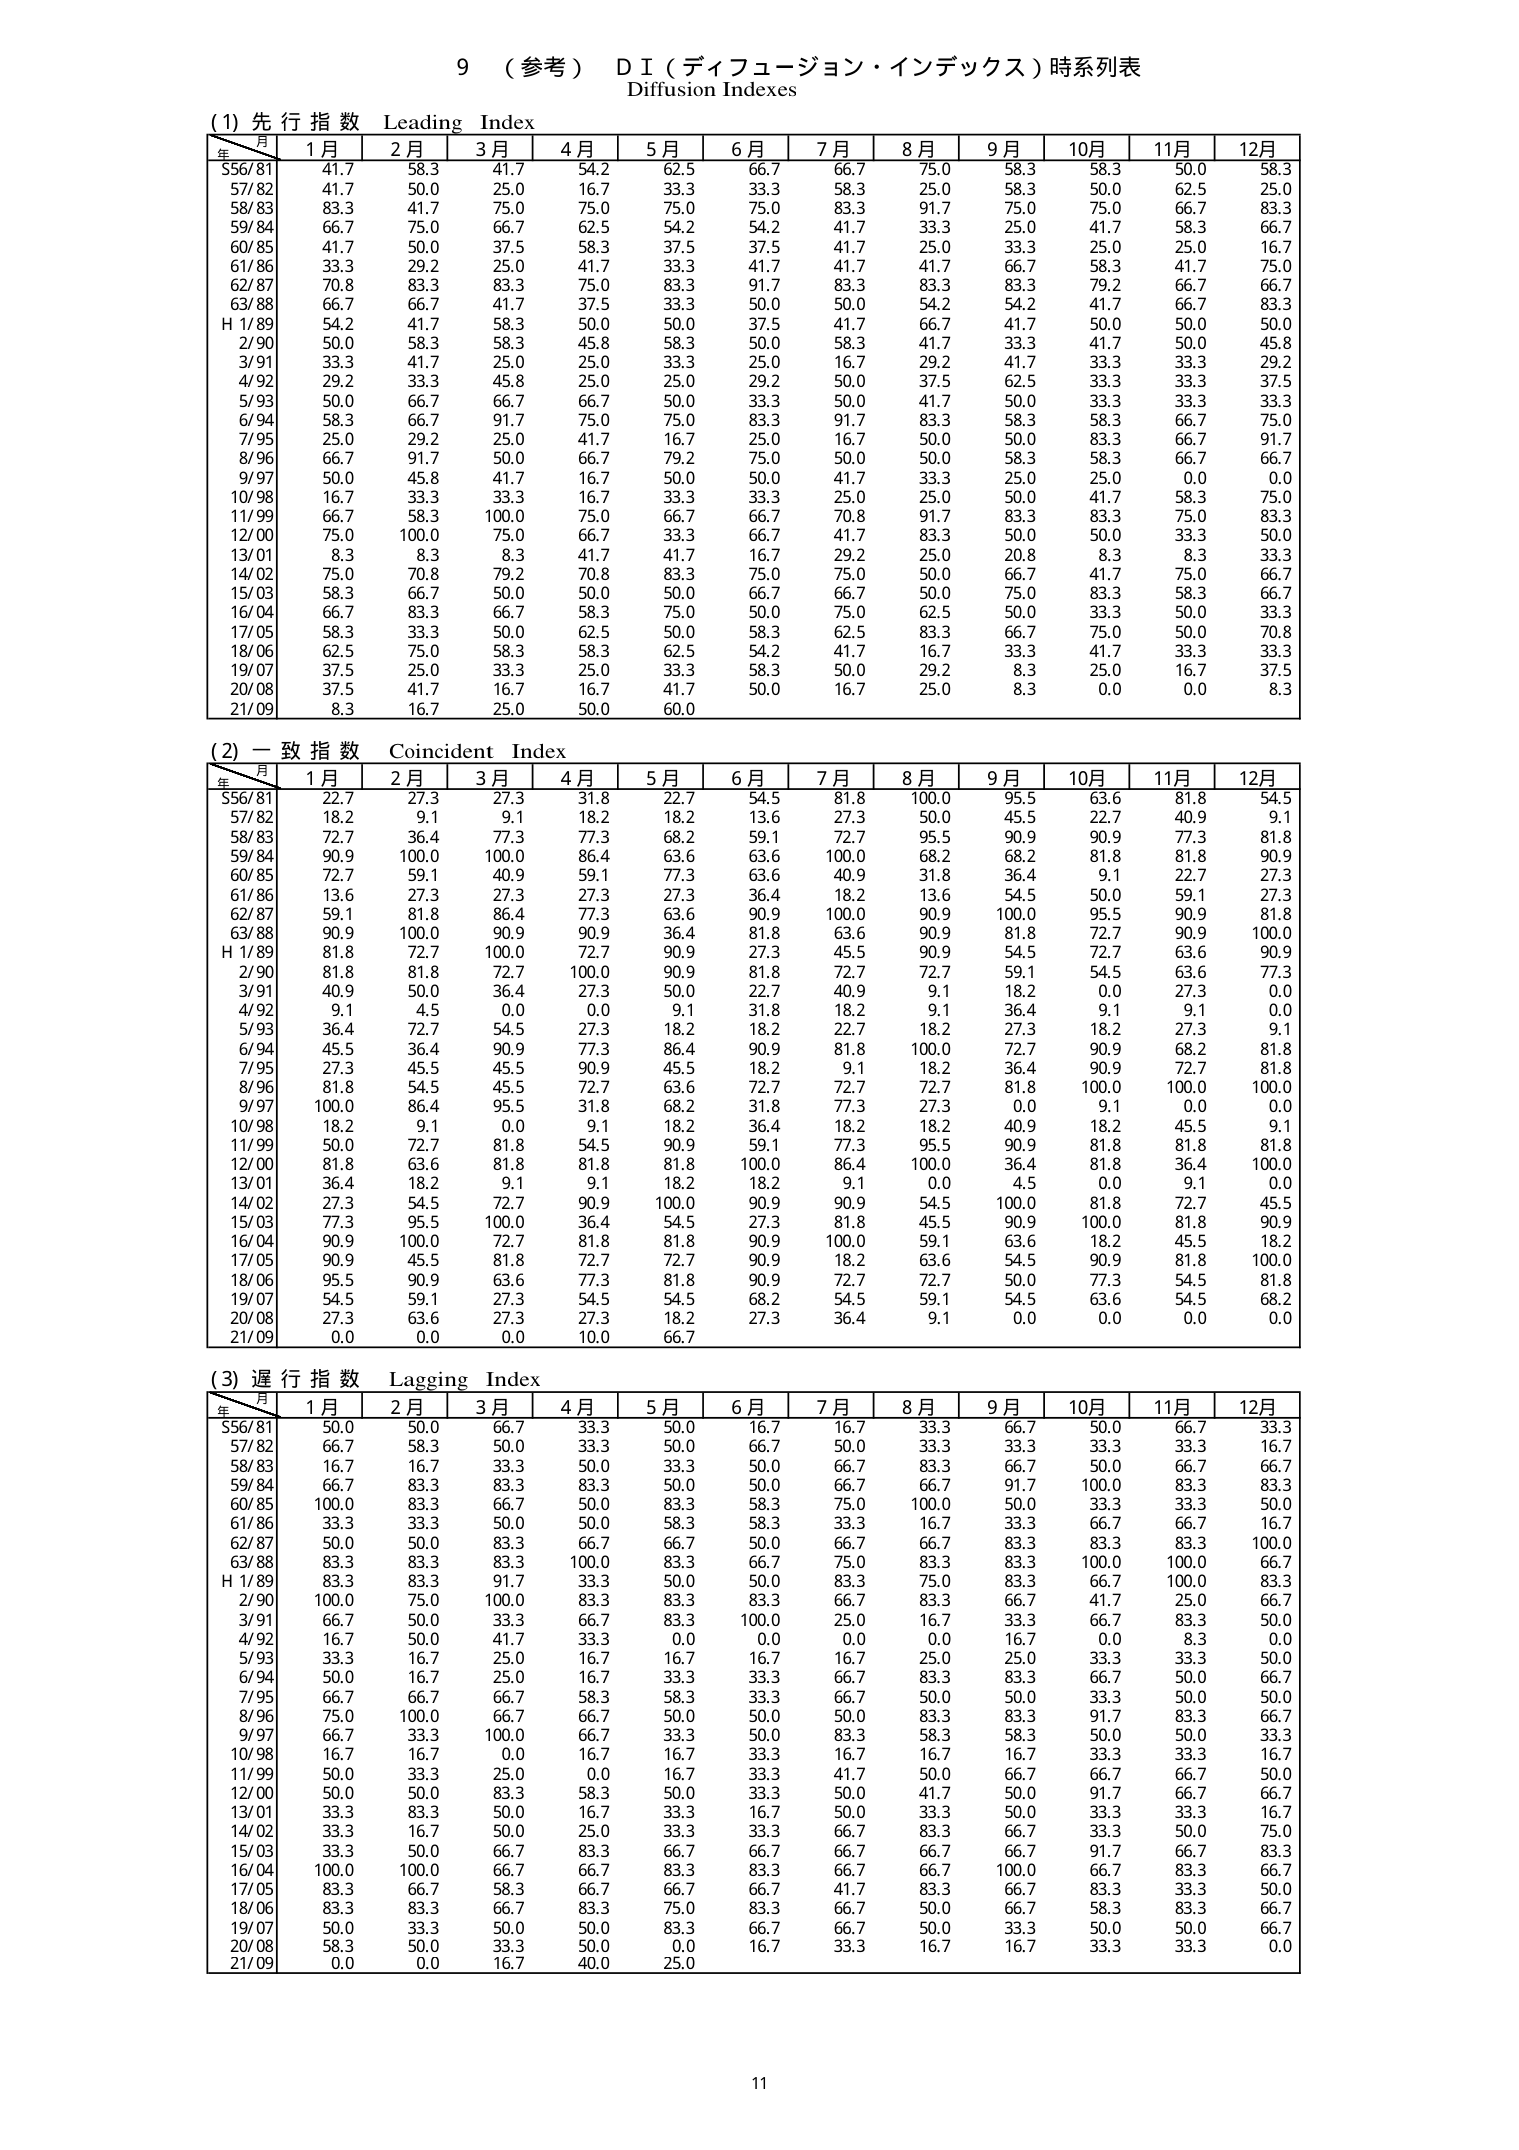
9 （参考）ＤＩ（ディフュージョン・インデックス）時系列表
Diffusion Indexes

(1) 先行指数 Leading Index
年／月 1月 2月 3月 4月 5月 6月 7月 8月 9月 10月 11月 12月
56/81 41.7 58.3 41.7 54.2 62.5 66.7 66.7 75.0 58.3 58.3 50.0 58.3
57/82 41.7 50.0 25.0 16.7 33.3 33.3 58.3 25.0 58.3 50.0 62.5 25.0
58/83 83.3 41.7 75.0 75.0 75.0 75.0 83.3 91.7 75.0 75.0 66.7 83.3
59/84 66.7 75.0 66.7 62.5 54.2 54.2 41.7 33.3 25.0 41.7 58.3 66.7
60/85 41.7 50.0 37.5 58.3 37.5 37.5 41.7 25.0 33.3 25.0 25.0 16.7
61/86 33.3 29.2 25.0 41.7 33.3 41.7 41.7 41.7 66.7 58.3 41.7 75.0
62/87 70.8 83.3 83.3 75.0 83.3 91.7 83.3 83.3 83.3 79.2 66.7 66.7
63/88 66.7 66.7 41.7 37.5 33.3 50.0 50.0 54.2 54.2 41.7 66.7 83.3
H 1/89 54.2 41.7 58.3 50.0 50.0 37.5 41.7 66.7 41.7 50.0 50.0 50.0
2/90 50.0 58.3 58.3 45.8 58.3 50.0 58.3 41.7 33.3 41.7 50.0 45.8
3/91 33.3 41.7 25.0 25.0 33.3 25.0 16.7 29.2 41.7 33.3 33.3 29.2
4/92 29.2 33.3 45.8 25.0 25.0 29.2 50.0 37.5 62.5 33.3 33.3 37.5
5/93 50.0 66.7 66.7 66.7 50.0 33.3 50.0 41.7 50.0 33.3 33.3 33.3
6/94 58.3 66.7 91.7 75.0 75.0 83.3 91.7 83.3 58.3 58.3 66.7 75.0
7/95 25.0 29.2 25.0 41.7 16.7 25.0 16.7 50.0 50.0 83.3 66.7 91.7
8/96 66.7 91.7 50.0 66.7 79.2 75.0 50.0 50.0 58.3 58.3 66.7 66.7
9/97 50.0 45.8 41.7 16.7 50.0 50.0 41.7 33.3 25.0 25.0 0.0 0.0
10/98 16.7 33.3 33.3 16.7 33.3 33.3 25.0 25.0 50.0 41.7 58.3 75.0
11/99 66.7 58.3 100.0 75.0 66.7 66.7 70.8 91.7 83.3 83.3 75.0 83.3
12/00 75.0 100.0 75.0 66.7 33.3 66.7 41.7 83.3 50.0 50.0 33.3 50.0
13/01 8.3 8.3 8.3 41.7 41.7 16.7 29.2 25.0 20.8 8.3 8.3 33.3
14/02 75.0 70.8 79.2 70.8 83.3 75.0 75.0 50.0 66.7 41.7 75.0 66.7
15/03 58.3 66.7 50.0 50.0 50.0 66.7 66.7 50.0 75.0 83.3 58.3 66.7
16/04 66.7 83.3 66.7 58.3 75.0 50.0 75.0 62.5 50.0 33.3 50.0 33.3
17/05 58.3 33.3 50.0 62.5 50.0 58.3 62.5 83.3 66.7 75.0 50.0 70.8
18/06 62.5 75.0 58.3 58.3 62.5 54.2 41.7 16.7 33.3 41.7 33.3 33.3
19/07 37.5 25.0 33.3 25.0 33.3 58.3 50.0 29.2 8.3 25.0 16.7 37.5
20/08 37.5 41.7 16.7 16.7 41.7 50.0 16.7 25.0 8.3 0.0 0.0 8.3
21/09 8.3 16.7 25.0 50.0 60.0

(2) 一致指数 Coincident Index
年／月 1月 2月 3月 4月 5月 6月 7月 8月 9月 10月 11月 12月
56/81 22.7 27.3 27.3 31.8 22.7 54.5 81.8 100.0 95.5 63.6 81.8 54.5
57/82 18.2 9.1 9.1 18.2 18.2 13.6 27.3 50.0 45.5 22.7 40.9 9.1
58/83 72.7 36.4 77.3 77.3 68.2 59.1 72.7 95.5 90.9 90.9 77.3 81.8
59/84 90.9 100.0 100.0 86.4 63.6 63.6 100.0 68.2 68.2 81.8 81.8 90.9
60/85 72.7 59.1 40.9 59.1 77.3 63.6 40.9 31.8 36.4 9.1 22.7 27.3
61/86 13.6 27.3 27.3 27.3 27.3 36.4 18.2 13.6 54.5 50.0 59.1 27.3
62/87 59.1 81.8 86.4 77.3 63.6 90.9 100.0 90.9 100.0 95.5 90.9 81.8
63/88 90.9 100.0 90.9 90.9 36.4 81.8 63.6 90.9 81.8 72.7 90.9 100.0
H 1/89 81.8 72.7 100.0 72.7 90.9 27.3 45.5 90.9 54.5 72.7 63.6 90.9
2/90 81.8 81.8 72.7 100.0 90.9 81.8 72.7 72.7 59.1 54.5 63.6 77.3
3/91 40.9 50.0 36.4 27.3 50.0 22.7 40.9 9.1 18.2 0.0 27.3 0.0
4/92 9.1 4.5 0.0 0.0 9.1 31.8 18.2 9.1 36.4 9.1 9.1 0.0
5/93 36.4 72.7 54.5 27.3 18.2 18.2 22.7 18.2 27.3 18.2 27.3 9.1
6/94 45.5 36.4 90.9 77.3 86.4 90.9 81.8 100.0 72.7 90.9 68.2 81.8
7/95 27.3 45.5 45.5 90.9 45.5 18.2 9.1 18.2 36.4 90.9 72.7 81.8
8/96 81.8 54.5 45.5 72.7 63.6 72.7 72.7 72.7 81.8 100.0 100.0 100.0
9/97 100.0 86.4 95.5 31.8 68.2 31.8 77.3 27.3 0.0 9.1 0.0 0.0
10/98 18.2 9.1 0.0 9.1 18.2 36.4 18.2 18.2 40.9 18.2 45.5 9.1
11/99 50.0 72.7 81.8 54.5 90.9 59.1 77.3 95.5 90.9 81.8 81.8 81.8
12/00 81.8 63.6 81.8 81.8 81.8 100.0 86.4 100.0 36.4 81.8 36.4 100.0
13/01 36.4 18.2 9.1 9.1 18.2 18.2 9.1 0.0 4.5 0.0 9.1 0.0
14/02 27.3 54.5 72.7 90.9 100.0 90.9 90.9 54.5 100.0 81.8 72.7 45.5
15/03 77.3 95.5 100.0 36.4 54.5 27.3 81.8 45.5 90.9 100.0 81.8 90.9
16/04 90.9 100.0 72.7 81.8 81.8 90.9 100.0 59.1 63.6 18.2 45.5 18.2
17/05 90.9 45.5 81.8 72.7 72.7 90.9 18.2 63.6 54.5 90.9 81.8 100.0
18/06 95.5 90.9 63.6 77.3 81.8 90.9 72.7 72.7 50.0 77.3 54.5 81.8
19/07 54.5 59.1 27.3 54.5 54.5 68.2 54.5 59.1 54.5 63.6 54.5 68.2
20/08 27.3 63.6 27.3 27.3 18.2 27.3 36.4 9.1 0.0 0.0 0.0 0.0
21/09 0.0 0.0 0.0 10.0 66.7

(3) 遅行指数 Lagging Index
年／月 1月 2月 3月 4月 5月 6月 7月 8月 9月 10月 11月 12月
56/81 50.0 50.0 66.7 33.3 50.0 16.7 16.7 33.3 66.7 50.0 66.7 33.3
57/82 66.7 58.3 50.0 33.3 50.0 66.7 50.0 33.3 33.3 33.3 33.3 16.7
58/83 16.7 16.7 33.3 50.0 33.3 50.0 66.7 83.3 66.7 50.0 66.7 66.7
59/84 66.7 83.3 83.3 83.3 50.0 50.0 66.7 66.7 91.7 100.0 83.3 83.3
60/85 100.0 83.3 66.7 50.0 83.3 58.3 75.0 100.0 50.0 33.3 33.3 50.0
61/86 33.3 33.3 50.0 50.0 58.3 58.3 33.3 16.7 33.3 66.7 66.7 16.7
62/87 50.0 50.0 83.3 66.7 66.7 50.0 66.7 66.7 83.3 83.3 83.3 100.0
63/88 83.3 83.3 83.3 100.0 83.3 66.7 75.0 83.3 83.3 100.0 100.0 66.7
H 1/89 83.3 83.3 91.7 33.3 50.0 50.0 83.3 75.0 83.3 66.7 100.0 83.3
2/90 100.0 75.0 100.0 83.3 83.3 83.3 66.7 83.3 66.7 41.7 25.0 66.7
3/91 66.7 50.0 33.3 66.7 83.3 100.0 25.0 16.7 33.3 66.7 83.3 50.0
4/92 16.7 50.0 41.7 33.3 0.0 0.0 0.0 0.0 16.7 0.0 8.3 0.0
5/93 33.3 16.7 25.0 16.7 16.7 16.7 16.7 25.0 25.0 33.3 33.3 50.0
6/94 50.0 16.7 25.0 16.7 33.3 33.3 66.7 83.3 83.3 66.7 50.0 66.7
7/95 66.7 66.7 66.7 58.3 58.3 33.3 66.7 50.0 50.0 33.3 50.0 50.0
8/96 75.0 100.0 66.7 66.7 50.0 50.0 50.0 83.3 83.3 91.7 83.3 66.7
9/97 66.7 33.3 100.0 66.7 33.3 50.0 83.3 58.3 58.3 50.0 50.0 33.3
10/98 16.7 16.7 0.0 16.7 16.7 33.3 16.7 16.7 16.7 33.3 33.3 16.7
11/99 50.0 33.3 25.0 0.0 16.7 33.3 41.7 50.0 66.7 66.7 66.7 50.0
12/00 50.0 50.0 83.3 58.3 50.0 33.3 50.0 41.7 50.0 91.7 66.7 66.7
13/01 33.3 83.3 50.0 16.7 33.3 16.7 50.0 33.3 50.0 33.3 33.3 16.7
14/02 33.3 16.7 50.0 25.0 33.3 33.3 66.7 83.3 66.7 33.3 50.0 75.0
15/03 33.3 50.0 66.7 83.3 66.7 66.7 66.7 66.7 66.7 91.7 66.7 83.3
16/04 100.0 100.0 66.7 66.7 83.3 83.3 66.7 66.7 100.0 66.7 83.3 66.7
17/05 83.3 66.7 58.3 66.7 66.7 66.7 41.7 83.3 66.7 83.3 33.3 50.0
18/06 83.3 83.3 66.7 83.3 75.0 83.3 66.7 50.0 66.7 58.3 83.3 66.7
19/07 50.0 33.3 50.0 50.0 83.3 66.7 66.7 50.0 33.3 50.0 50.0 66.7
20/08 58.3 50.0 33.3 50.0 0.0 16.7 33.3 16.7 16.7 33.3 33.3 0.0
21/09 0.0 0.0 16.7 40.0 25.0

11